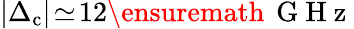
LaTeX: |\Delta_{\textrm{c}}|\! \simeq\! 12\ensuremath{\, \mathrm{~G~H~z~}}